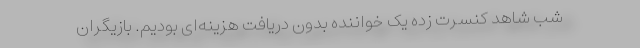
شب شاهد کنسرت زده یک خواننده بدون دریافت هزینه‌ای بودیم. بازیگران